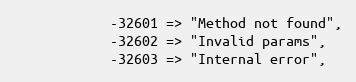
Language: PHP
            -32601 => "Method not found",
            -32602 => "Invalid params",
            -32603 => "Internal error",